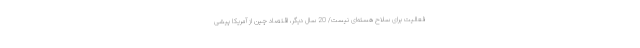
فعالیت برای سلاح هسته‌ای نیست/ 20 سال دیگر، اقتصاد چین از آمریکا پیشی